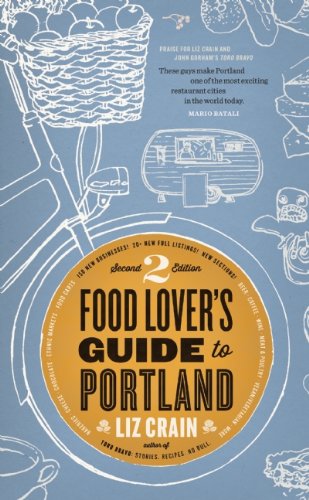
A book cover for Food Lover's Guide to Portland; Liz Crain; Cookbooks, Food & Wine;